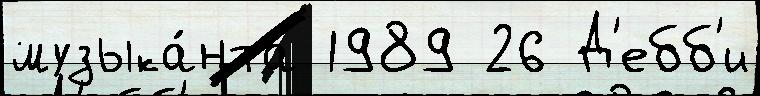
музыка́нта 1989 26 Д'ебб'и